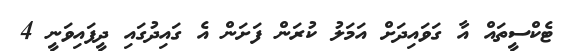
ޓެކްސީތައް އާ ގަވައިދަށް އަމަލު ކުރަން ފަށަން އެ ގައިދުގައި ދީފައިވަނީ 4